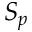
S _ { p }